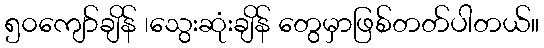
၅၀ကျော်ချိန် ၊သွေးဆုံးချိန် တွေမှာဖြစ်တတ်ပါတယ်။